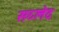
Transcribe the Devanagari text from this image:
सय्लेद